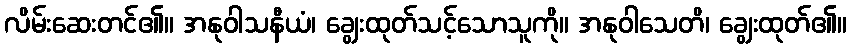
လိမ်းဆေးတင်၏။ အနုဝါသနီယံ၊ ချွေးထုတ်သင့်သောသူကို။ အနုဝါသေတိ၊ ချွေးထုတ်၏။